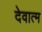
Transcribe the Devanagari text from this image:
देवात्म